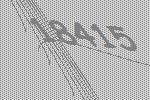
18415